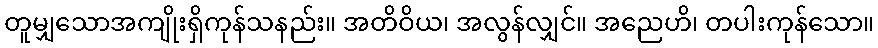
တူမျှသောအကျိုးရှိကုန်သနည်း။ အတိဝိယ၊ အလွန်လျှင်။ အညေဟိ၊ တပါးကုန်သော။